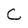
Character: C